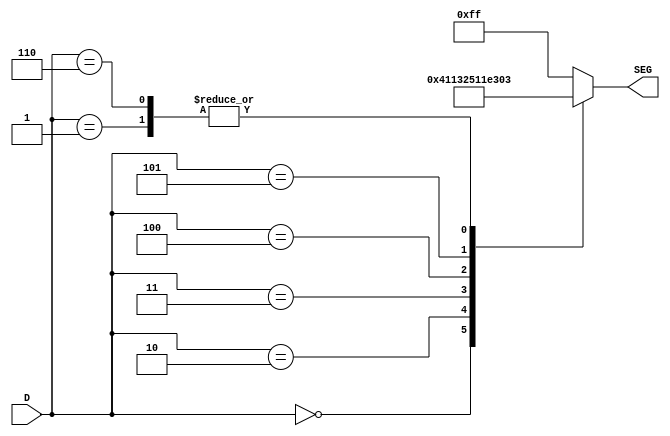
module gonzalo(
   input [3:0] D,
   output reg [7:0] SEG
   );

always @(*) 
begin
	case(D)
        4'd0: SEG <= 8'b01000001;
        4'd1: SEG <= 8'b00000011; 
        4'd2: SEG <= 8'b00010011;
        4'd3: SEG <= 8'b00100101;
        4'd4: SEG <= 8'b00010001;
        4'd5: SEG <= 8'b11100011;
        4'd6: SEG <= 8'b00000011;
        default: SEG <= 8'b11111111;
	endcase
end

endmodule